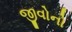
જીવોનો